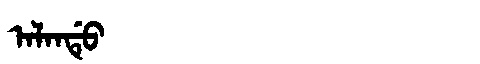
Manchu: ᠠᠯᠠᠨᡩᡠ
Romanization: ALANDU